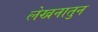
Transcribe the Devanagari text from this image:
लेखनातुन